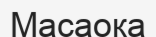
Масаока